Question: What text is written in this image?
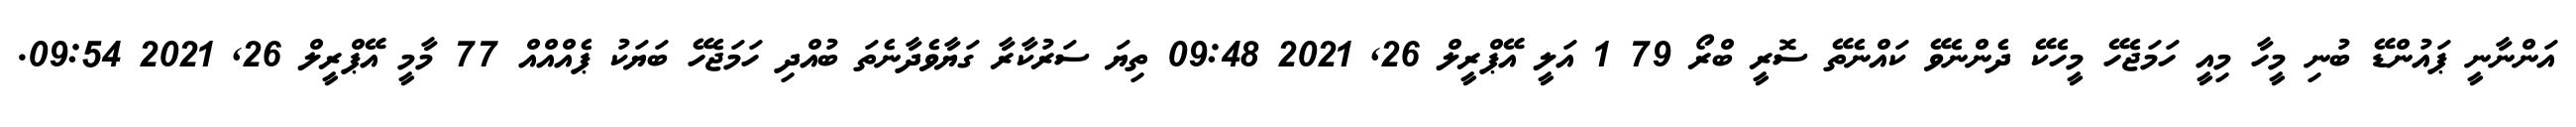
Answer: އަންނާނީ ޕައުންޑޭ ބުނި މީހާ މިއީ ހަމަޖެހޭ މީހެކޭ ދެންނެވޭ ކައްނެތޭ ސޮރީ ބްރޯ 79 1 އަލީ އޭޕްރީލް 26, 2021 09:48 ތިޔަ ސަރުކާރާ ގަޔާވެދާނެތަ ބުއްދި ހަމަޖެހޭ ބަޔަކު ޕެއްއްއް 77 މާމީ އޭޕްރީލް 26, 2021 09:54.